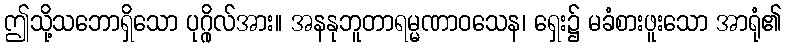
ဤသို့သဘောရှိသော ပုဂ္ဂိုလ်အား။ အနနုဘူတာရမ္မဏာဝသေန၊ ရှေး၌ မခံစားဖူးသော အာရုံ၏